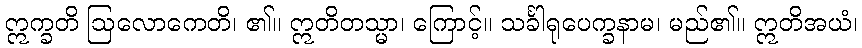
ဣက္ခတိ ဩလောကေတိ၊ ၏။ ဣတိတသ္မာ၊ ကြောင့်။ သင်္ခါရုပေက္ခနာမ၊ မည်၏။ ဣတိအယံ၊